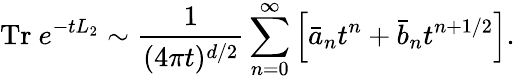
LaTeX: \mathrm{Tr}~e^{-tL_{2}}\sim{\frac{1}{(4\pi t)^{d/2}}}\sum_{n=0}^{\infty}\left[\bar{a}_{n}t^{n}+\bar{b}_{n}t^{n+1/2}\right].